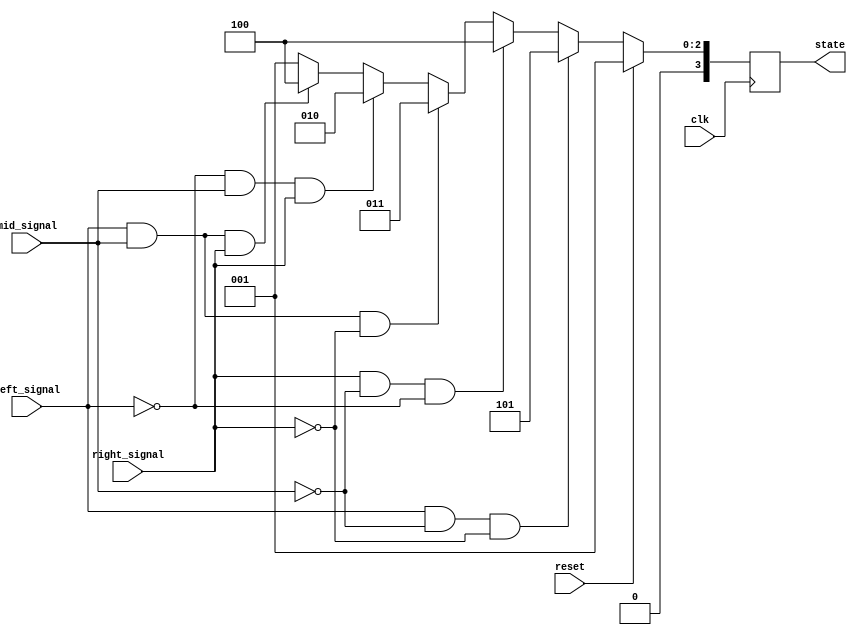
`timescale 1ns/1ps
module tracker_sensor(clk, reset, left_signal, right_signal, mid_signal, state);
    input clk;
    input reset;
    input left_signal, right_signal, mid_signal;
    output reg [3:0] state;

    reg [3:0] next_state;
    parameter [3:0] STRI = 4'd1, RT = 4'd2, LT = 4'd3, B_RT = 4'd4, B_LT = 4'd5;

    // [TO-DO] Receive three signals and make your own policy.
    // Hint: You can use output state to change your action.
    always@(posedge clk)begin
        if(reset)begin
            state <= STRI;
        end
        else begin
            state <= next_state;
        end
    end
    always@(*)begin
        if(left_signal==1'b1 && mid_signal==1'b0 && right_signal==1'b0)begin
            next_state = B_LT; // B_LT
        end
        else if(right_signal==1'b1 && mid_signal==1'b0 && left_signal==1'b0)begin
           next_state = B_RT; // B_RT
        end
        else if(left_signal==1'b1 && mid_signal==1'b1 && right_signal==1'b0)begin
            next_state = LT; // LT
        end
        else if(left_signal==1'b0 && mid_signal==1'b1 && right_signal==1'b1)begin
            next_state = RT; // RT
        end
//        else if(left_signal==1'b0 && mid_signal==1'b0 && right_signal==1'b0)begin
//            next_state = LT;
//        end
        else if(left_signal==1'b1 && mid_signal==1'b1 && right_signal==1'b1)begin
            next_state = B_RT;
        end
        else begin
            next_state = STRI;
        end
    end

endmodule